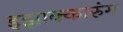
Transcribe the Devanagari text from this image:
इझाक्कारुंग